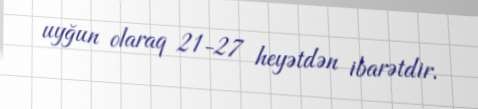
uyğun olaraq 21-27 heyətdən ibarətdir.